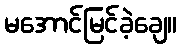
မအောင်မြင်ခဲ့ချေ။